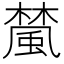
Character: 檒